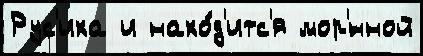
Рус'иха и нахо́д'итс'я мор'́нной